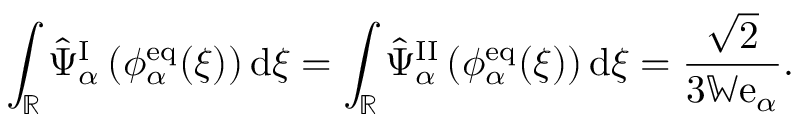
\begin{array} { r } { \displaystyle \int _ { \mathbb { R } } \hat { \Psi } _ { \alpha } ^ { \mathrm { I } } \left( \phi _ { \alpha } ^ { \mathrm { e q } } ( \xi ) \right) \mathrm { d } \xi = \displaystyle \int _ { \mathbb { R } } \hat { \Psi } _ { \alpha } ^ { \mathrm { I I } } \left( \phi _ { \alpha } ^ { \mathrm { e q } } ( \xi ) \right) \mathrm { d } \xi = \frac { \sqrt { 2 } } { 3 \mathbb { W } \mathrm { e } _ { \alpha } } . } \end{array}